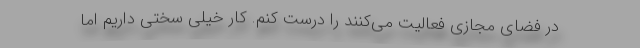
در فضای مجازی فعالیت می‌کنند را درست کنم. کار خیلی سختی داریم اما